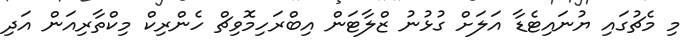
މި މެޗުގައި ޔުނައިޓެޑާ އަލަށް ގުޅުނު ޒްލާޓަން އިބްރަހިމޮވިޗް ހެންރިކް މިކްތާރިއަން އަދި